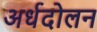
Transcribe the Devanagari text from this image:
अर्धदोलन